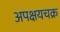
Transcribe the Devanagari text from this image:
अपक्षयचक्र